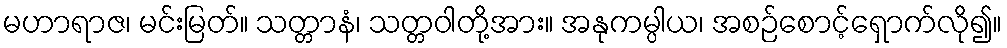
မဟာရာဇ၊ မင်းမြတ်။ သတ္တာနံ၊ သတ္တဝါတို့အား။ အနုကမ္ပါယ၊ အစဉ်စောင့်ရှောက်လို၍။